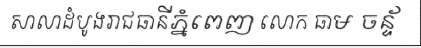
សាលាដំបូងរាជធានីភ្នំពេញ លោក ធាម ចន្ទ័